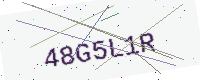
Text: 48G5L1R